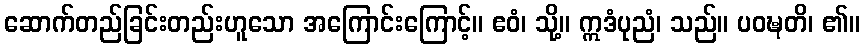
ဆောက်တည်ခြင်းတည်းဟူသော အကြောင်းကြောင့်။ ဧဝံ၊ သို့။ ဣဒံပုညံ၊ သည်။ ပဝဍ္ဎတိ၊ ၏။